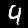
Label: 4